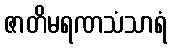
ဇာတိမရဏသံသာရံ